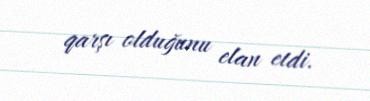
qarşı olduğunu elan etdi.